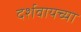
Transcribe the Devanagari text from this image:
दर्शवायच्या